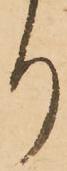
り